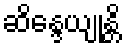
ဆိန္ဒေယျုန္တိ